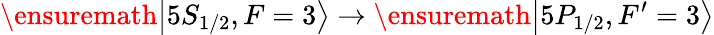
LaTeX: \ensuremath{\left\vert 5S_{1/2},F=3\right\rangle}\rightarrow\ensuremath{\left\vert 5P_{1/2},F^{\prime}=3\right\rangle}